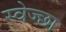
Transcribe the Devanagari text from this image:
स्वेज्छा